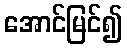
အောင်မြင်၍